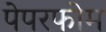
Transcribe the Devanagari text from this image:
पेपरफोम